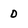
Character: 0